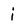
Character: j